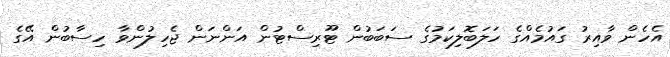
އެހެން ވާއިރު ގައުމެއްގެ ހަލަބޮލިކަމުގެ ސަބަބުން ޓޫރިސްޓުން އަންނަން ޖެހިލުންވާ ހިސާބުން އޭގެ